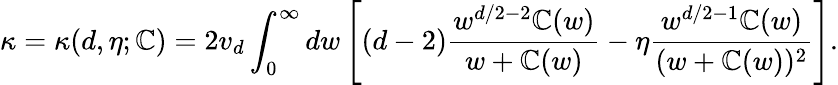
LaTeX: \kappa=\kappa(d,\eta;\mathbb{C})=2v_{d}\int_{0}^{\infty}dw\left[(d-2)\frac{{w^{d/2-2}\mathbb{C}(w)}}{{w+\mathbb{C}(w)}}-\eta\frac{{w^{d/2-1}\mathbb{C}(w)}}{{(w+\mathbb{C}(w))^{2}}}\right].